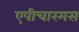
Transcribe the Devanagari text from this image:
एपीचारमस